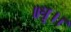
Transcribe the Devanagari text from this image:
॥धृ।।